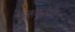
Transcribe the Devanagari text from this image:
कैलकुलेटिंग